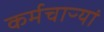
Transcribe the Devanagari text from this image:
कर्मचाऱ्यां